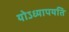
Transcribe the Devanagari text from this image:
योऽध्यापयति